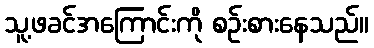
သူ့ဖခင်အကြောင်းကို စဉ်းစားနေသည်။